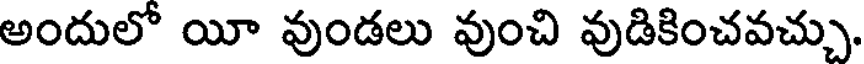
అందులో యీ వుండలు వుంచి వుడికించవచ్చు.